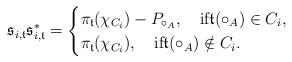
LaTeX: \begin{align*}\mathfrak{s}_{i,\mathfrak{t}}\mathfrak{s}_{i,\mathfrak{t}}^*=\begin{cases}\pi_{\mathfrak{t}}(\chi_{C_i})-P_{\circ_A},\quad\mbox{if}\mathfrak{t}(\circ_A)\in C_i,\\\pi_{\mathfrak{t}}(\chi_{C_i}),\quad\mbox{if}\mathfrak{t}(\circ_A)\notin C_i.\end{cases}\end{align*}